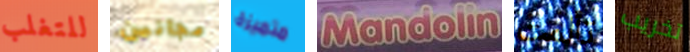
للتغلب مجانين متميزة Mandoline تألمت تخريب